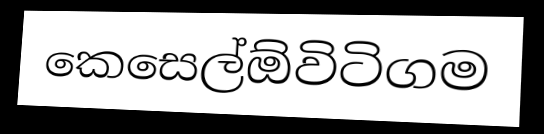
කෙසෙල්ඕවිටිගම